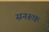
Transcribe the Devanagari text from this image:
सनरूफ़